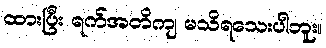
ထားပြီး ရက်အတိကျ မသိရသေးပါဘူး။